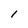
Character: I